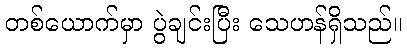
တစ်ယောက်မှာ ပွဲချင်းပြီး သေဟန်ရှိသည်။